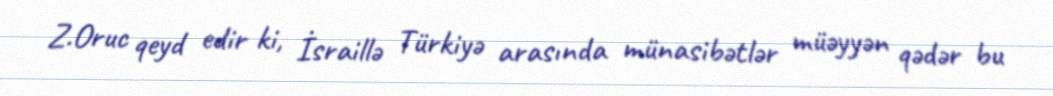
Z.Oruc qeyd edir ki, İsraillə Türkiyə arasında münasibətlər müəyyən qədər bu